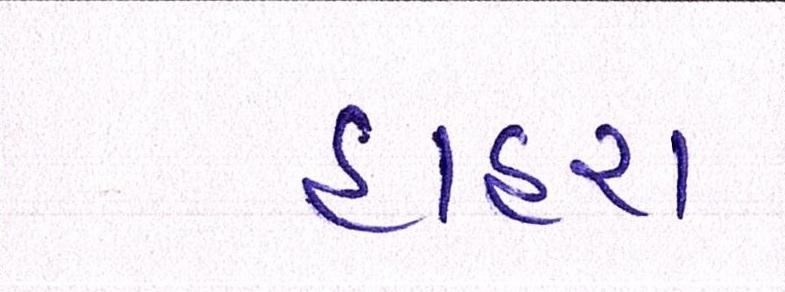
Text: હાહરા